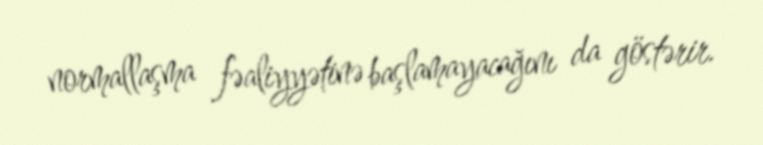
normallaşma fəaliyyətinə başlamayacağını da göstərir.